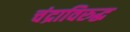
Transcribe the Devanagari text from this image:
चंद्राविरुद्ध